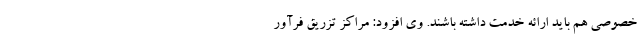
خصوصی هم باید ارائه خدمت داشته باشند. وی افزود: مراکز تزریق فرآور